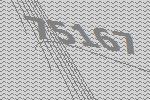
75167